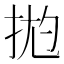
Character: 𱟶